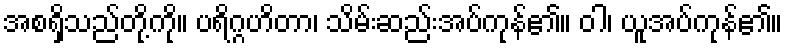
အစရှိသည်တို့ကို။ ပရိဂ္ဂဟိတာ၊ သိမ်းဆည်းအပ်ကုန်၏။ ဝါ၊ ယူအပ်ကုန်၏။